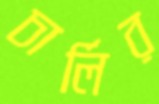
চার্লির